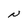
Character: N